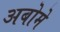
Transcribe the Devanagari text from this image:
अबोमे